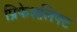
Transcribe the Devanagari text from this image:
प्रिफेशलिफ्ट